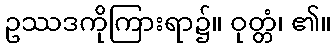
ဥဿဒကိုကြားရာ၌။ ဝုတ္တံ၊ ၏။